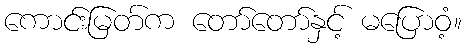
ကောင်းမြတ်က တော်တော်နှင့် မပြောဝံ့။